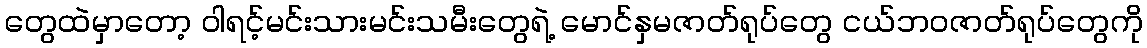
တွေထဲမှာတော့ ဝါရင့်မင်းသားမင်းသမီးတွေရဲ့ မောင်နှမဇာတ်ရုပ်တွေ ငယ်ဘဝဇာတ်ရုပ်တွေကို